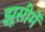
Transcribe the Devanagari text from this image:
झूसीमें